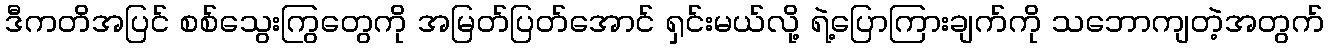
ဒီကတိအပြင် စစ်သွေးကြွတွေကို အမြတ်ပြတ်အောင် ရှင်းမယ်လို့ ရဲ့ပြောကြားချက်ကို သဘောကျတဲ့အတွက်